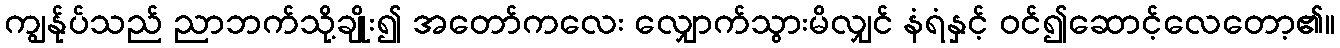
ကျွန်ုပ်သည် ညာဘက်သို့ချိုး၍ အတော်ကလေး လျှောက်သွားမိလျှင် နံရံနှင့် ဝင်၍ဆောင့်လေတော့၏။